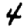
Digit: 4